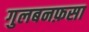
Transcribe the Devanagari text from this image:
गुलबनफ़सा